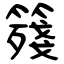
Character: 䉔